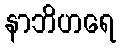
နာဘိဟရေ